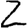
Digit: 2